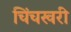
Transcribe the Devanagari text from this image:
चिंचखरी